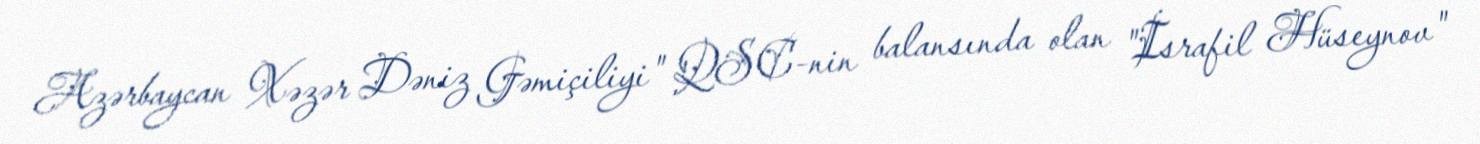
Azərbaycan Xəzər Dəniz Gəmiçiliyi" QSC-nin balansında olan "İsrafil Hüseynov"